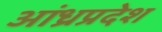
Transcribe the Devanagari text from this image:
अांध्रप्रदेश